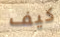
كيف